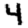
Digit: 4